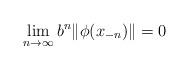
LaTeX: \begin{align*}\lim_{n\to\infty}b^n\|\phi(x_{-n})\|=0\end{align*}